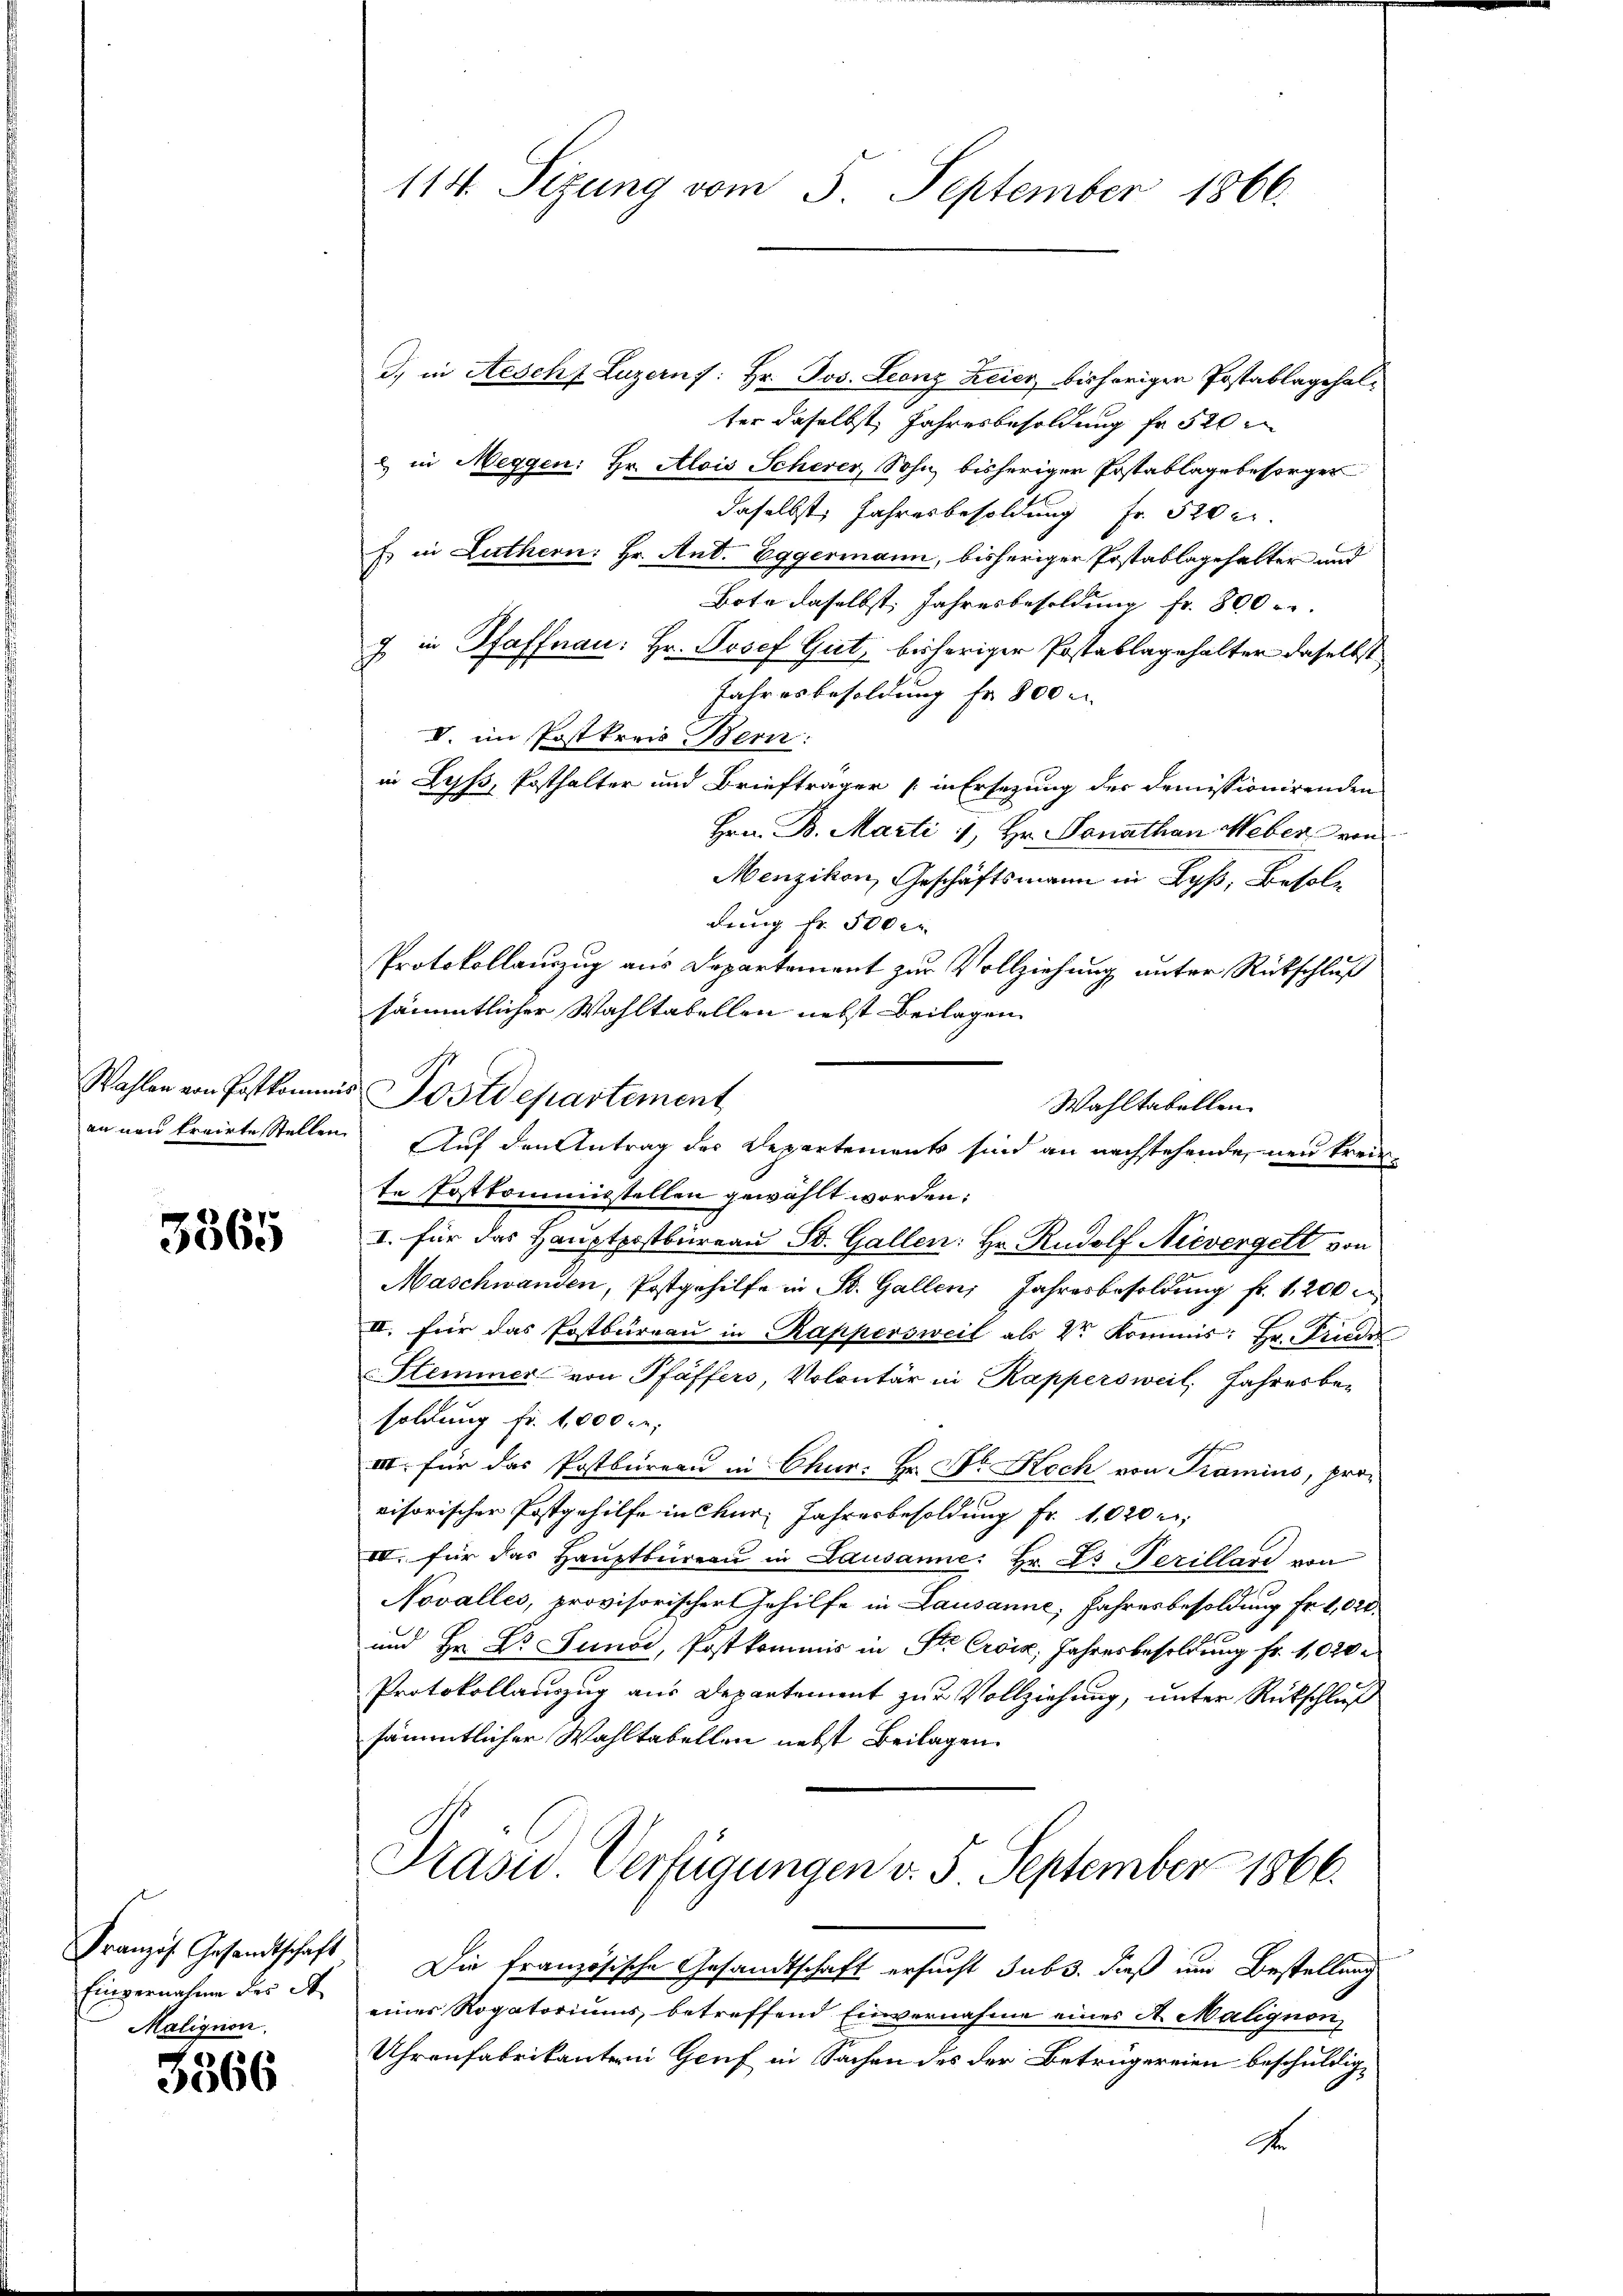
3365

Einvernahme des A
Malignon.

3566

114. Sizung vom 5. September 1866.

J., in Aesche Luzern f: Hr. Jos. Leonz Leier, bisherigen Postablagehalter daselbst, Jahresbesoldung fr 520
2 in Meggen: Hr. Alois Schever, Sohn, bisheriger Erstablage besorger
daselbst, Jahresbesoldung Fr. 520 c
Es in Luthern: Hr. Ant. Eggermann, bisheriger Erstablagehalter und
Bote daselbst, Jahresbesoldung fr. 800 r.
7 in Pfaffnau: Hr. Josef Gut, bisheriger Postablagehalter daselbst
Jahresbesoldung Fr. 800 u
V. im Postkreis Bern:
in Lyss, Posthalter und Briefträger in Ersezung der Demissionirenden
Hrn. B. Marti , Hr. Sonathan Weber von
Menzikon, Geschäftsmann in Lyß, Besoldung fr. 500 r
Protokollauszug aus Departement zur Vollziehung unter Rückschluß
sämmtlicher Wahltabellen nebst Beilagen
Wahltabellen.
te Postkommisstellen gewählt worden;
I. für das Hauptpostbureau St. Gallen: Hr. Rudolf Nievergelt von
Maschwanden, Postgehilfe in St. Gallen, Jahresbesoldŭng fr. 1,200
II. für das Postbüreaŭ in Rappersweil als V. Kommis: Hr. Friede
Stemmer von Pfäffers, Volontär in Kappersweil, Jahresbesoldung fr. 1,000. r.
b
III. für das Postbureau in Chur: Hr. Dr. Koch von Kamins, provisorischer Postgehilfe in Chur, Jahresbesoldung Fr. 1020 n
III. für das Hauptbüreau in Lausanne: Hr. Es Perillare von
Novalles, provisorischer Gehilfe in Lausanne, Jahresbesoldung Fr. 1,020.
und Hr. Dr. Juno, Postkommis in Str Croix, Jahresbesoldung fr. 1,020.
Protokollauszug aus Departement zur Vollziehung, unter Rückschluß
sämmtlicher Wahltabellen nebst Beilagen.
Präsid. Verfügungen v. 5. September 1866.
Französ. Gesandtschaft. Die französische Gesandtschaft ersucht subs. dieß um Bestellung
eines Rogatoriums betreffend Einvernahme eines A. Malignon,
Uhrenfabrikantern Genf in Sachen des der Betrügereien beschuldig¬
A

Wahlen von Postkommer Postdepartement
an neu trairte Stellen Auf den Antrag der Departements sind an nachstehende neu kreis-